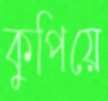
কুপিয়ে